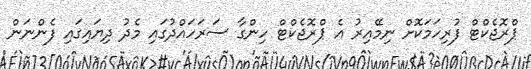
ޕްރޮޖެކްޓް ފުރިހަމަކޮށް ނިމޭއިރު އެ ޕްރޮޖެކްޓް ހިންގާ ސަރަހައްދުގައި މެދު ދިޔައިގައި ފެންނަން